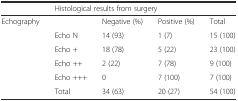
<table><thead><tr><td></td><td colspan="4"><b>Histological results from surgery</b></td></tr></thead><tbody><tr><td rowspan="6">Echography</td><td></td><td>Negative (%)</td><td>Positive (%)</td><td>Total</td></tr><tr><td>Echo N</td><td>14 (93)</td><td>1 (7)</td><td>15 (100)</td></tr><tr><td>Echo +</td><td>18 (78)</td><td>5 (22)</td><td>23 (100)</td></tr><tr><td>Echo ++</td><td>2 (22)</td><td>7 (78)</td><td>9 (100)</td></tr><tr><td>Echo +++</td><td>0</td><td>7 (100)</td><td>7 (100)</td></tr><tr><td>Total</td><td>34 (63)</td><td>20 (27)</td><td>54 (100)</td></tr></tbody></table>